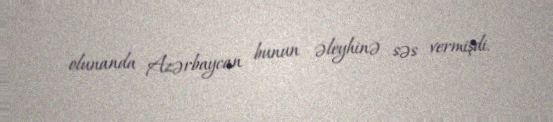
olunanda Azərbaycan bunun əleyhinə səs vermişdi.